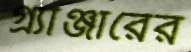
গ্র্যাঞ্জারের